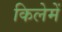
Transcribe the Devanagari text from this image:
किलेमें